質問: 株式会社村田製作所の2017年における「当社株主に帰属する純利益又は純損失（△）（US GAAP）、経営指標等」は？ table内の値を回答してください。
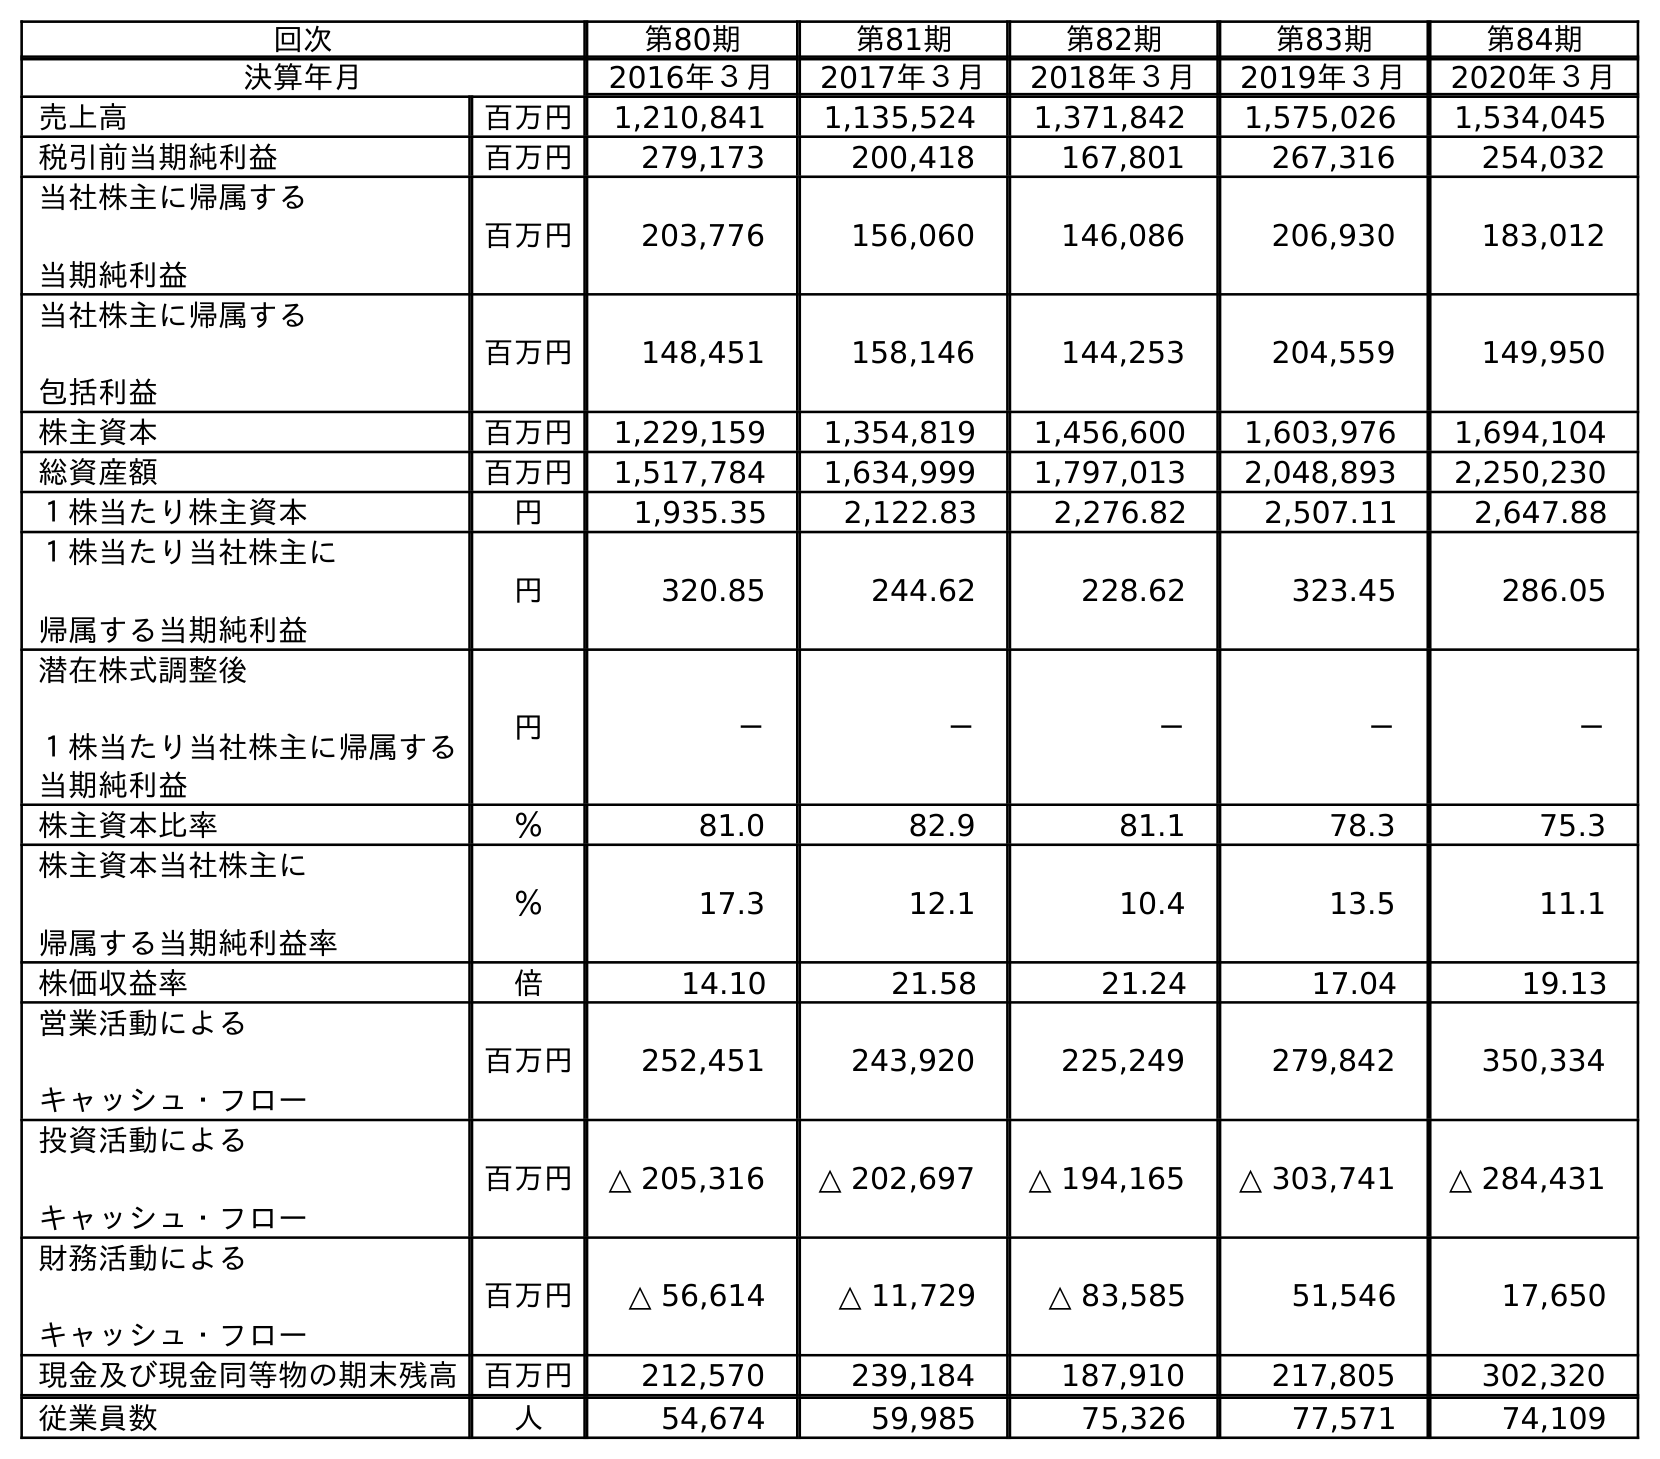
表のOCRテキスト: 回次 第80期 第81期 第82期 第83期 第84期 決算年月 2016年３月 2017年３月 2018年３月 2019年３月 2020年３月 売上高 百万円 1,210,841 1,135,524 1,371,842 1,575,026 1,534,045 税引前当期純利益 百万円 279,173 200,418 167,801 267,316 254,032 当社株主に帰属する 当期純利益 百万円 203,776 156,060 146,086 206,930 183,012 当社株主に帰属する 包括利益 百万円 148,451 158,146 144,253 204,559 149,950 株主資本 百万円 1,229,159 1,354,819 1,456,600 1,603,976 1,694,104 総資産額 百万円 1,517,784 1,634,999 1,797,013 2,048,893 2,250,230 １株当たり株主資本 円 1,935.35 2,122.83 2,276.82 2,507.11 2,647.88 １株当たり当社株主に 帰属する当期純利益 円 320.85 244.62 228.62 323.45 286.05 潜在株式調整後 １株当たり当社株主に帰属する 当期純利益 円 － － － － － 株主資本比率 ％ 81.0 82.9 81.1 78.3 75.3 株主資本当社株主に 帰属する当期純利益率 ％ 17.3 12.1 10.4 13.5 11.1 株価収益率 倍 14.10 21.58 21.24 17.04 19.13 営業活動による キャッシュ・フロー 百万円 252,451 243,920 225,249 279,842 350,334 投資活動による キャッシュ・フロー 百万円 △ 205,316 △ 202,697 △ 194,165 △ 303,741 △ 284,431 財務活動による キャッシュ・フロー 百万円 △ 56,614 △ 11,729 △ 83,585 51,546 17,650 現金及び現金同等物の期末残高 百万円 212,570 239,184 187,910 217,805 302,320 従業員数 人 54,674 59,985 75,326 77,571 74,109
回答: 156,060